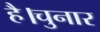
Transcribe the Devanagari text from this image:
है।चुनार